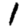
Digit: 1